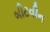
બીટવીન